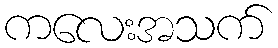
ကလေးအသက်